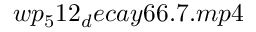
w p _ { 5 } 1 2 _ { d } e c a y 6 6 . 7 . m p 4